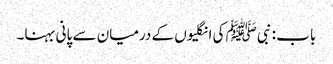
باب : نبیﷺ کی انگلیوں کے درمیان سے پانی بہنا۔